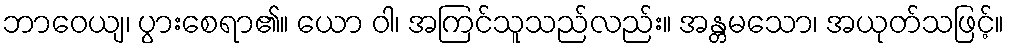
ဘာဝေယျ၊ ပွားစေရာ၏။ ယော ဝါ၊ အကြင်သူသည်လည်း။ အန္တမသော၊ အယုတ်သဖြင့်။